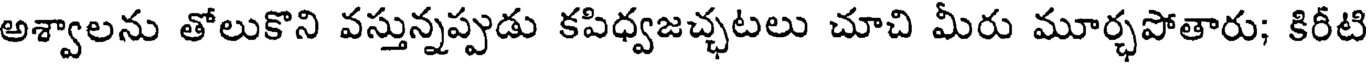
అశ్వాలను తోలుకొని వస్తున్నప్పుడు కపిధ్వజచ్చటలు చూచి మీరు మూర్చపోతారు; కిరీటి